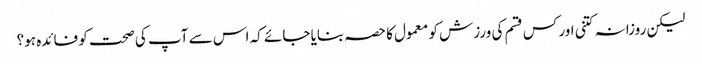
لیکن روزانہ کتنی اور کس قسم کی ورزش کو معمول کا حصہ بنایا جائے کہ اس سے آپ کی صحت کو فائدہ ہو؟